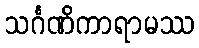
သင်္ဂဏိကာရာမဿ